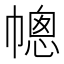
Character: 幒